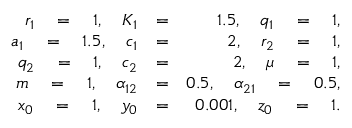
\begin{array} { r l r } { r _ { 1 } \quad = \quad 1 , \quad K _ { 1 } } & { = } & { 1 . 5 , \quad q _ { 1 } \quad = \quad 1 , } \\ { a _ { 1 } \quad = \quad 1 . 5 , \quad c _ { 1 } } & { = } & { 2 , \quad r _ { 2 } \quad = \quad 1 , } \\ { q _ { 2 } \quad = \quad 1 , \quad c _ { 2 } } & { = } & { 2 , \quad \mu \quad = \quad 1 , } \\ { m \quad = \quad 1 , \quad \alpha _ { 1 2 } } & { = } & { 0 . 5 , \quad \alpha _ { 2 1 } \quad = \quad 0 . 5 , } \\ { x _ { 0 } \quad = \quad 1 , \quad y _ { 0 } } & { = } & { 0 . 0 0 1 , \quad z _ { 0 } \quad = \quad 1 . } \end{array}